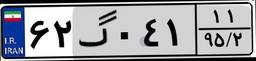
۶۲گ۰۴۱۱۱